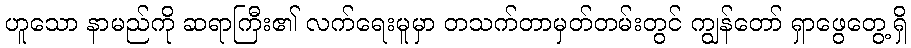
ဟူသော နာမည်ကို ဆရာကြီး၏ လက်ရေးမူမှာ တသက်တာမှတ်တမ်းတွင် ကျွန်တော် ရှာဖွေတွေ့ရှိ